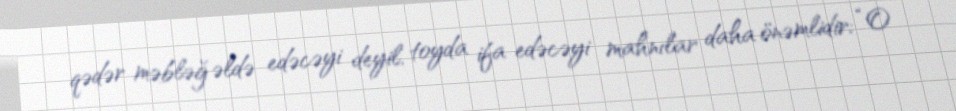
qədər məbləğ əldə edəcəyi deyil, toyda ifa edəcəyi mahnılar daha önəmlidir: “O